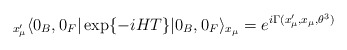
\begin{align*}{}_{x^\prime_\mu}\langle 0_B,0_F| \exp \{-iHT\} | 0_B,0_F\rangle_{x_\mu}=e^{i\Gamma(x'_\mu,x_\mu,\theta^3)}\end{align*}